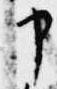
申